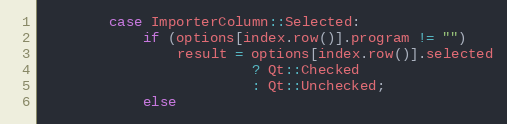
Language: C++
		case ImporterColumn::Selected:
			if (options[index.row()].program != "")
				result = options[index.row()].selected
						 ? Qt::Checked
						 : Qt::Unchecked;
			else